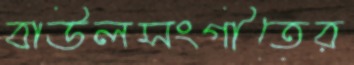
বাউলসংগীতের